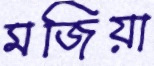
মজিয়া